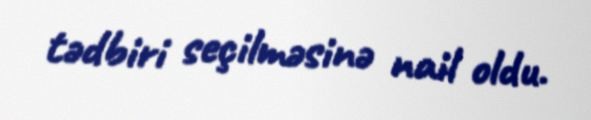
tədbiri seçilməsinə nail oldu.